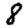
Digit: 8